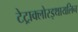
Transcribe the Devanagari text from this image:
टेट्राक्लोरइथायलिन